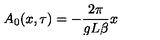
A _ { 0 } ( x , \tau ) = - \frac { 2 \pi } { g L \beta } x